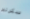
سكرتير